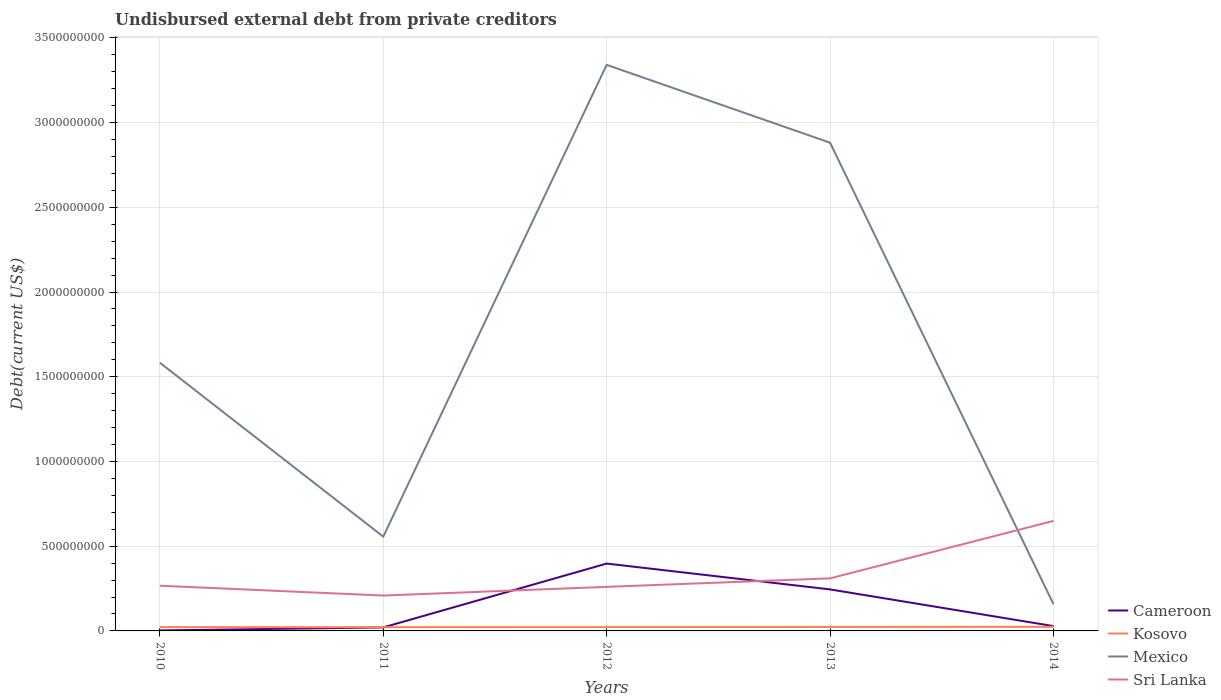
| Years | Cameroon | Kosovo | Mexico | Sri Lanka |
 | --- | --- | --- | --- | --- |
 | 2010 | 2.98e+06 | 2.27e+07 | 1.58e+09 | 2.67e+08 |
 | 2011 | 2.07e+07 | 2.2e+07 | 5.56e+08 | 2.09e+08 |
 | 2012 | 3.98e+08 | 2.24e+07 | 3.34e+09 | 2.6e+08 |
 | 2013 | 2.45e+08 | 2.34e+07 | 2.88e+09 | 3.1e+08 |
 | 2014 | 2.85e+07 | 2.42e+07 | 1.58e+08 | 6.49e+08 |